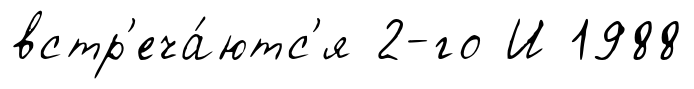
встр'еча́ютс'я 2-го И 1988